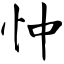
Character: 忡